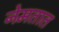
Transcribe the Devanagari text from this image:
नेमतात